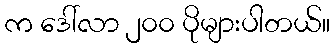
က ဒေါ်လာ ၂၀၀ ပိုများပါတယ်။